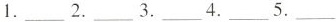
1. ___ 2. ___ 3. ___ 4. ___ 5. ___